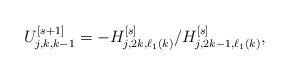
LaTeX: \begin{align*}U_{j,k,k-1}^{[s+1]} = -H_{j,2k,\ell_1(k)}^{[s]}/H_{j,2k-1,\ell_1(k)}^{[s]},\end{align*}